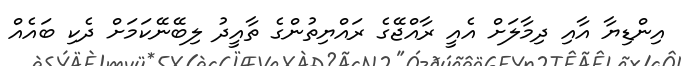
އިންޑިޔާ އާއި ދިމާލަށް އެއީ ރާއްޖޭގެ ރައްޔިތުންގެ ތާއީދު ލިބޭނޭކަމަށް ދެކި ބައެއް